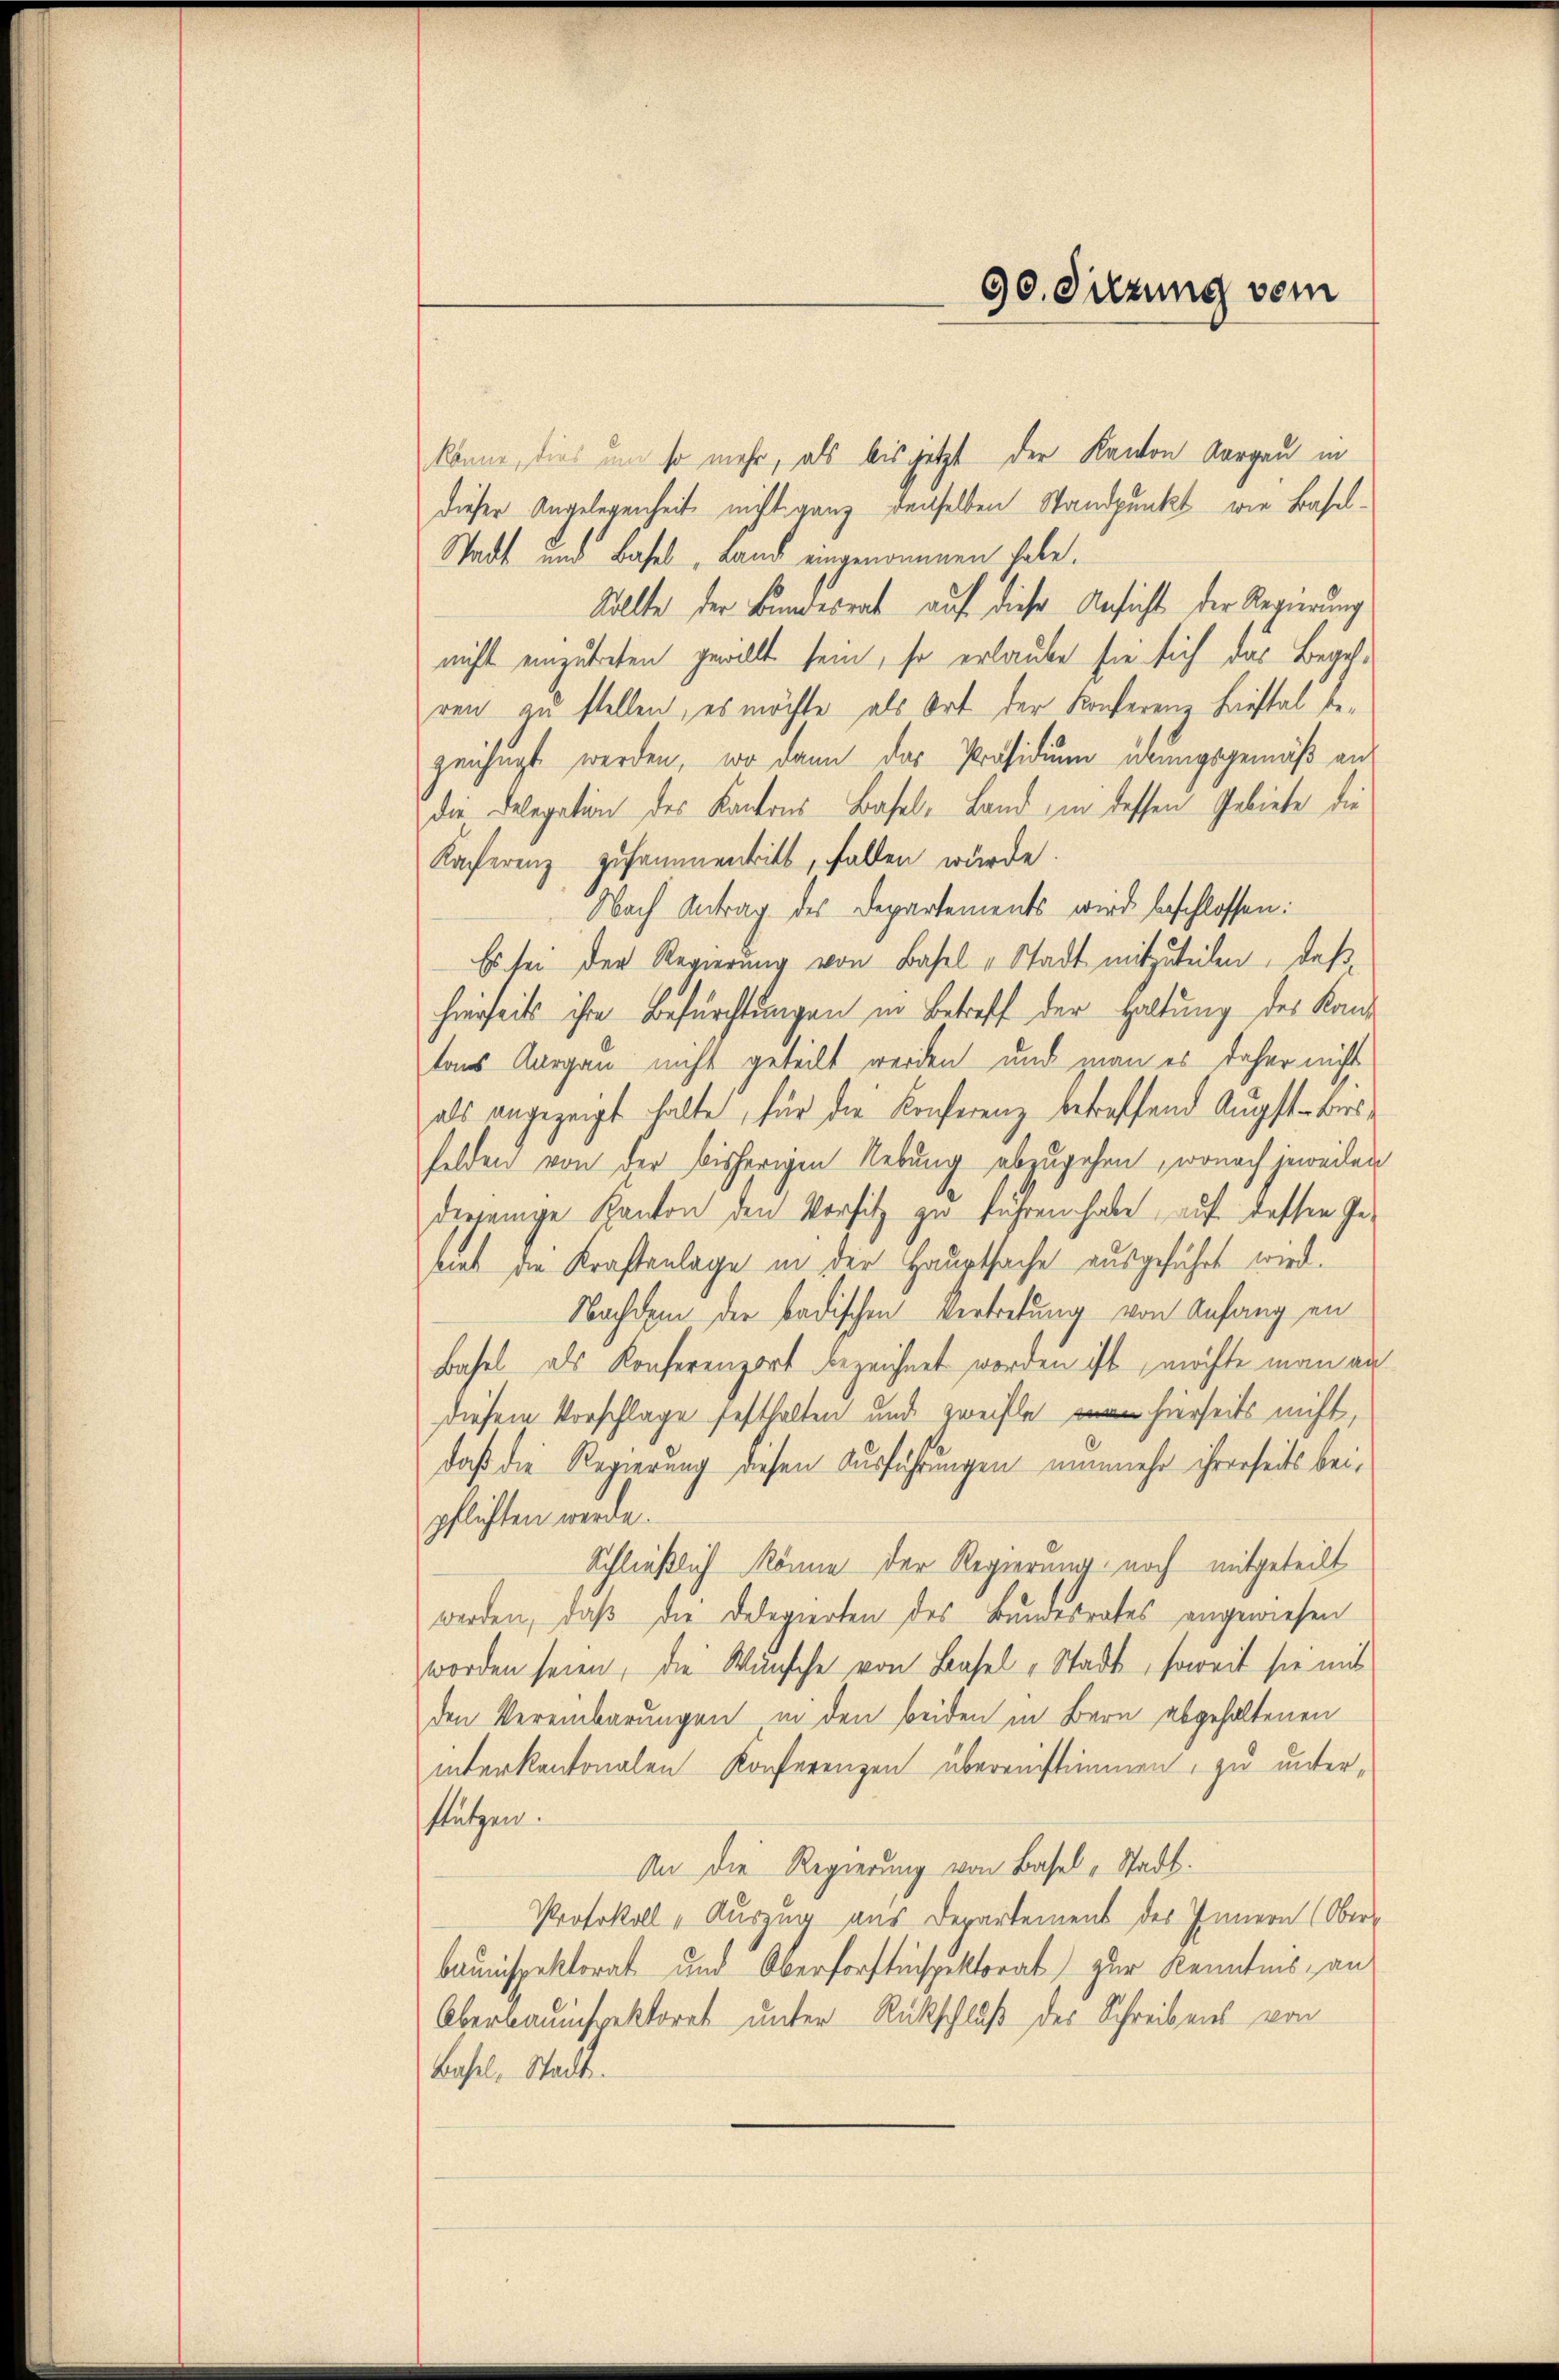
könne, dies um so mehr, als bis jetzt der Kanton Aargau in
dieser Angelegenheit nicht ganz denselben Standpunkt wie Basel¬
Stadt und Basel, Land eingenommen habe.
Sollte der Bundesrat auf diese Ansicht der Regierung
nicht einzutreten gewollt sein, so erlaube sie sich das Begehren zu stellen, es möchte als Ort der Konferenz Liestal bezeichngt werden, wo dann das Präsidium übungsgemäß andie Delegation des Kantons Basel-Land, in dessen Gebiete die
Kaferenz zusammentritt, fallen würde.
Nach Antrag des Departements wird beschlossen:
Es sei der Regierung von Basel u Stadt mitzuteilen, daß
hierseits ihre Befürchtungen in Betreff der Haltung des Kand
tons Aargau nicht geteilt werden und man es daher nicht
als angezeigt halte, für die Konferenz betreffend Augst-Bersfelden von der bisherigen Nebung abzugehen, wonach jeweilen
diejenige Kanton den Vorsitz zu führen habe, auf dessen Gebiet die Kraftanlage in der Hauptsache ausgeführt wird.
Nachdem der badischen Vertretung von Anfang an
Basel als Konferenzort bezeichnet worden ist, möchte man au
diesem Vorschlage festhalten und zweiflen hierseits nicht,
daß die Regierung diesen Ausführungen nunmehr ihrerseits bei
pflichten werde.
Schließlich könne der Regierung noch mitgeteilt
werden, daß die Delegierten des Bundesrates angewiesen
worden seien, die Wünsche von Basel Stadt, soweit sie mit
den Vereinbarungen in den beiden in Bern abgehaltenen
interkantonalen Konferenzen übereinstimmen, zu unterstützen.
An die Regierung von Basel-Stadt.
Protokoll - Auszug aus Departement des Innern (Oberbauinspektorat und Oberforstinspektorat zur Kenntnis, an
Überbauinspektorat unter Rückschluß des Schreibens von
Basel-Stadt.

90. Sitzung vom